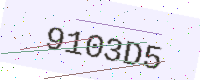
Text: 9103D5